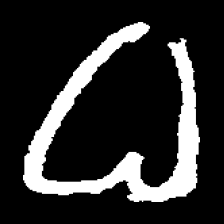
Pyu character \u2014 Myanmar letter: ဓ (romanized: dha)